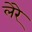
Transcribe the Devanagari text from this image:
लेरे